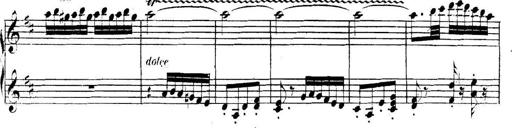
Title: Collected Piano Sonatas
Composer: Muzio Clementi